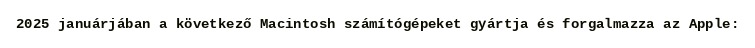
2025 januárjában a következő Macintosh számítógépeket gyártja és forgalmazza az Apple: